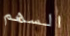
السهم